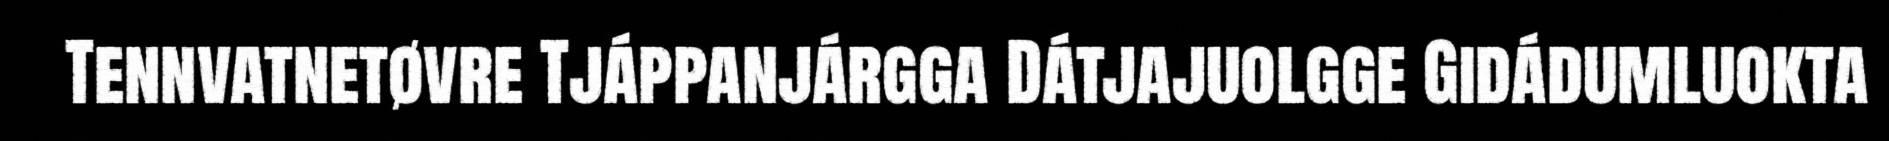
Tennvatnetøvre Tjáppanjárgga Dátjajuolgge Gidádumluokta